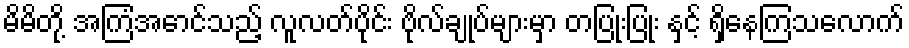
မိမိတို့ အကြံအောင်သည့် လူလတ်ပိုင်း ဗိုလ်ချုပ်များမှာ တပြုံးပြုံး နှင့် ရှိနေကြသလောက်